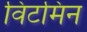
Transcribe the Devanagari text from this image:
विटमिन